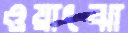
ওয়াংঝা